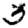
Digit: 3